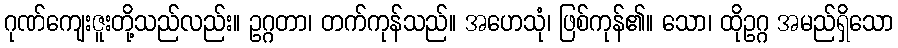
ဂုဏ်ကျေးဇူးတို့သည်လည်း။ ဥဂ္ဂတာ၊ တက်ကုန်သည်။ အဟေသုံ၊ ဖြစ်ကုန်၏။ သော၊ ထိုဥဂ္ဂ အမည်ရှိသော